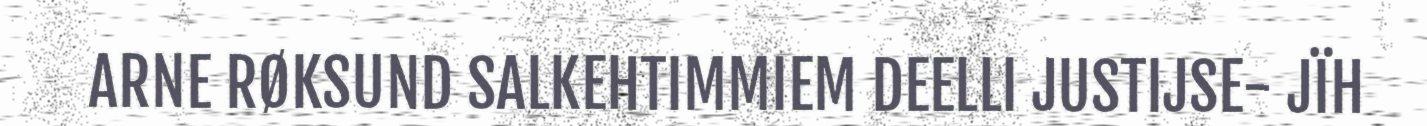
ARNE RØKSUND SALKEHTIMMIEM DEELLI JUSTIJSE- JÏH